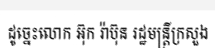
ដូច្នេះលោក អ៊ុក រ៉ាប៊ុន រដ្ឋមន្ត្រីក្រសួង